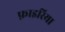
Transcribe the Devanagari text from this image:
फ़ाइरिया